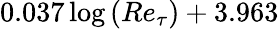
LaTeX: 0.037\log{\left(Re_{\tau}\right)}+3.963